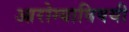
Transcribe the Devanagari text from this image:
आरोग्याविषयी